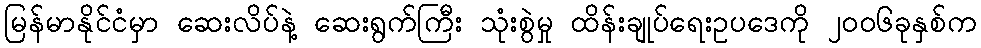
မြန်မာနိုင်ငံမှာ ဆေးလိပ်နဲ့ ဆေးရွက်ကြီး သုံးစွဲမှု ထိန်းချုပ်ရေးဥပဒေကို ၂၀၀၆ခုနှစ်က